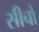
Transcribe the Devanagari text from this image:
सीचो